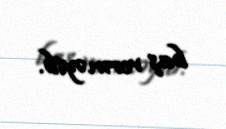
baş verməyib.